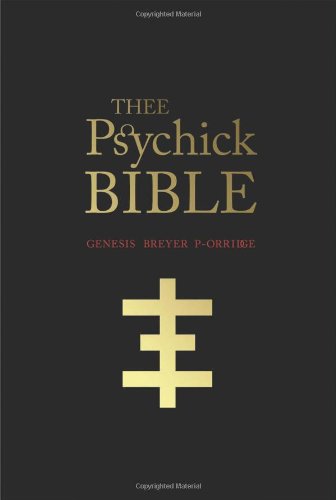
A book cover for THEE PSYCHICK BIBLE: Thee Apocryphal Scriptures ov Genesis Breyer P-Orridge and Thee Third Mind ov Thee Temple ov Psychick Youth; Genesis Breyer P-Orridge; Religion & Spirituality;